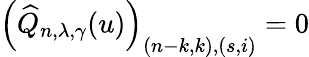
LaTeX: \left(\widehat{Q}_{n,\lambda,\gamma}(u)\right)_{(n-k,k),(s,i)}=0